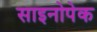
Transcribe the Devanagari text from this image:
साइनोपेक